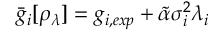
\bar { g } _ { i } [ \rho _ { \lambda } ] = g _ { i , e x p } + \tilde { \alpha } \sigma _ { i } ^ { 2 } \lambda _ { i }